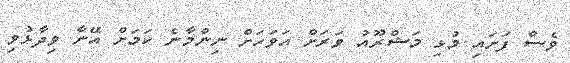
ވެސް ފަށައި މުޅި މަޝްރޫއު ވަރަށް އަވަހަށް ނިންމާނެ ކަމަށް އޭނާ ވިދާޅުވި